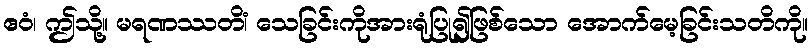
ဧဝံ၊ ဤသို့။ မရဏဿတိံ၊ သေခြင်းကိုအားရုံပြု၍ဖြစ်သော အောက်မေ့ခြင်းသတိကို။